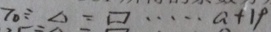
7 0 \div \Delta = \square \cdots a + 1 9